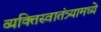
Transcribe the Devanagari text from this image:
व्यक्तिस्वातंत्र्यामध्ये